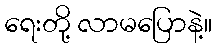
ရေးတို့ လာမပြောနဲ့။